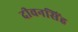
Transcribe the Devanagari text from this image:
दीवनसिंह